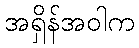
အရှိန်အဝါက